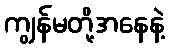
ကျွန်မတို့အနေနဲ့